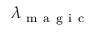
\lambda _ { \mathrm { ~ m ~ a ~ g ~ i ~ c ~ } }